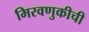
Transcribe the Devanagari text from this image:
मिरवणुकीची